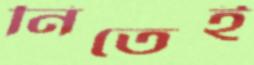
নিতেই